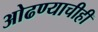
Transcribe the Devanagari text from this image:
ओढण्याचीही